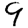
Digit: 9